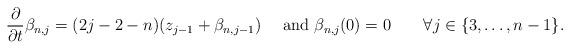
LaTeX: \begin{align*}\frac{\partial}{\partial t}\beta_{n,j}=(2j-2-n)(z_{j-1}+\beta_{n,j-1})\quad\mbox{ and }\beta_{n,j}(0)=0\quad\quad\forall j\in\{3,\ldots, n-1\}.\end{align*}